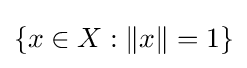
\{x\in X:\|x\|=1\}